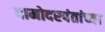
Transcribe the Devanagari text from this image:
दामोदरपंतांच्या